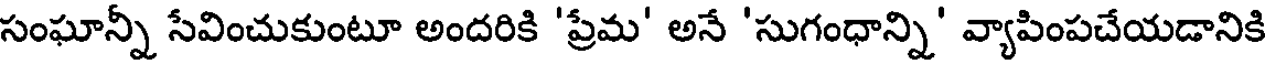
సంఘాన్నీ సేవించుకుంటూ అందరికి 'ప్రేమ' అనే 'సుగంధాన్ని' వ్యాపింపచేయడానికి